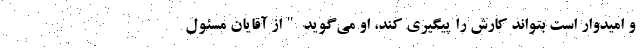
و امیدوار است بتواند کارش را پیگیری کند، او می‌گوید "از آقایان مسئول